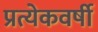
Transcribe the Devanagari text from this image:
प्रत्येकवर्षी